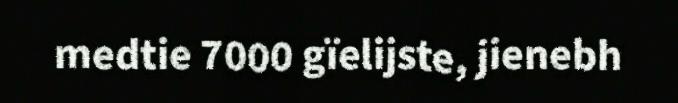
medtie 7000 gïelijste, jienebh